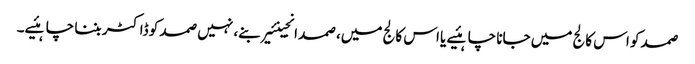
صمد کو اس کالج میں جانا چاہئیے یا اس کالج میں، صمد انجینئیر بنے، نہیں صمد کو ڈاکٹر بننا چاہئیے۔